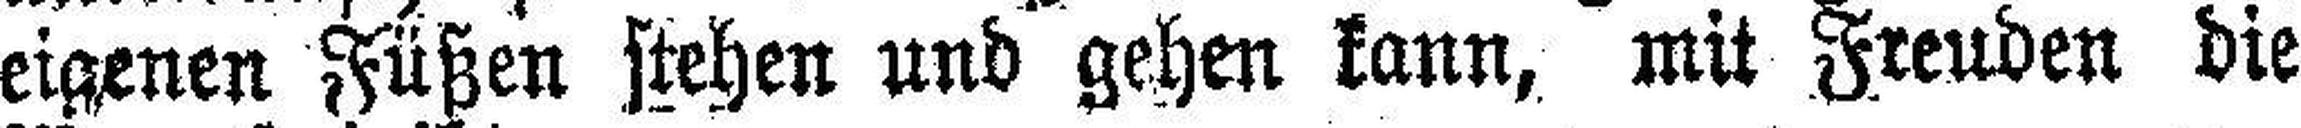
eigenen Füßen stehen und gehen kann, mit Freuden die